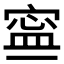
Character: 𡩬